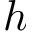
h